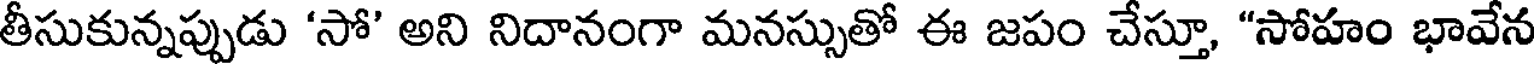
తీసుకున్నప్పుడు 'సో' అని నిదానంగా మనస్సుతో ఈ జపం చేస్తూ, "సోహం భావేన